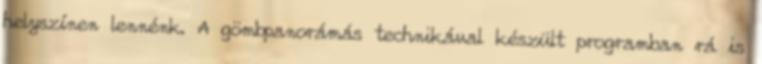
helyszínen lennénk. A gömbpanorámás technikával készült programban rá is